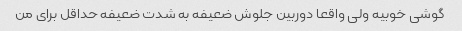
گوشی خوبیه ولی واقعا دوربین جلوش ضعیفه به شدت ضعیفه حداقل برای من